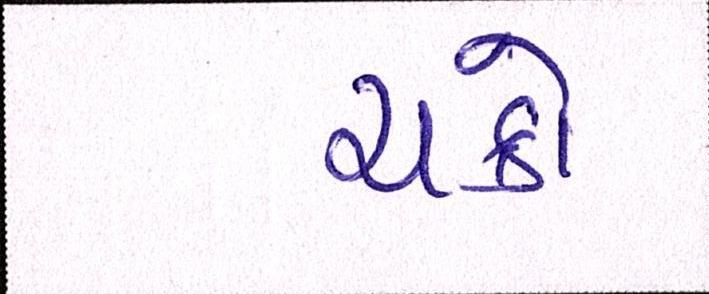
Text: ચક્રો